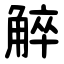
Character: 䚝